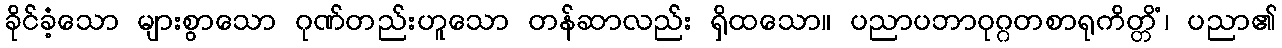
ခိုင်ခံ့သော များစွာသော ဂုဏ်တည်းဟူသော တန်ဆာလည်း ရှိထသော။ ပညာပဘာဝုဂ္ဂတစာရုကိတ္တိံ၊ ပညာ၏